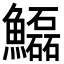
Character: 𩽊